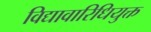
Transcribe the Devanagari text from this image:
विद्यावारिधियुक्त